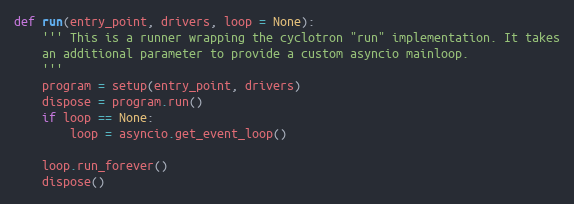
Language: Python
def run(entry_point, drivers, loop = None):
    ''' This is a runner wrapping the cyclotron "run" implementation. It takes
    an additional parameter to provide a custom asyncio mainloop.
    '''
    program = setup(entry_point, drivers)
    dispose = program.run()
    if loop == None:
        loop = asyncio.get_event_loop()

    loop.run_forever()
    dispose()